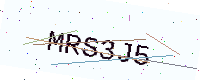
Text: MRS3J5